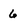
Character: 6